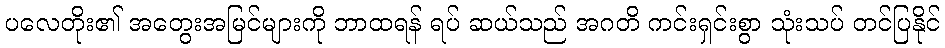
ပလေတိုး၏ အတွေးအမြင်များကို ဘာထရန် ရပ် ဆယ်သည် အဂတိ ကင်းရှင်းစွာ သုံးသပ် တင်ပြနိုင်